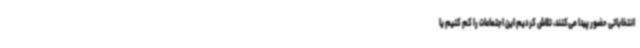
انتخاباتی حضور پیدا می‌کنند، تلاش کردیم این اجتماعات را کم کنیم یا